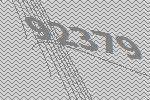
92379